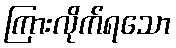
ကြားလိုက်ရသော